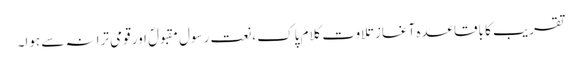
تقریب کا باقاعدہ آغاز تلاوت کلام پاک ،نعت رسول مقبولؐ اور قومی ترانہ سے ہوا۔